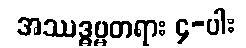
အဿဒ္ဓမ္မတရား ၄-ပါး